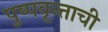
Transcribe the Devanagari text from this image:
पुष्पवृन्ताची